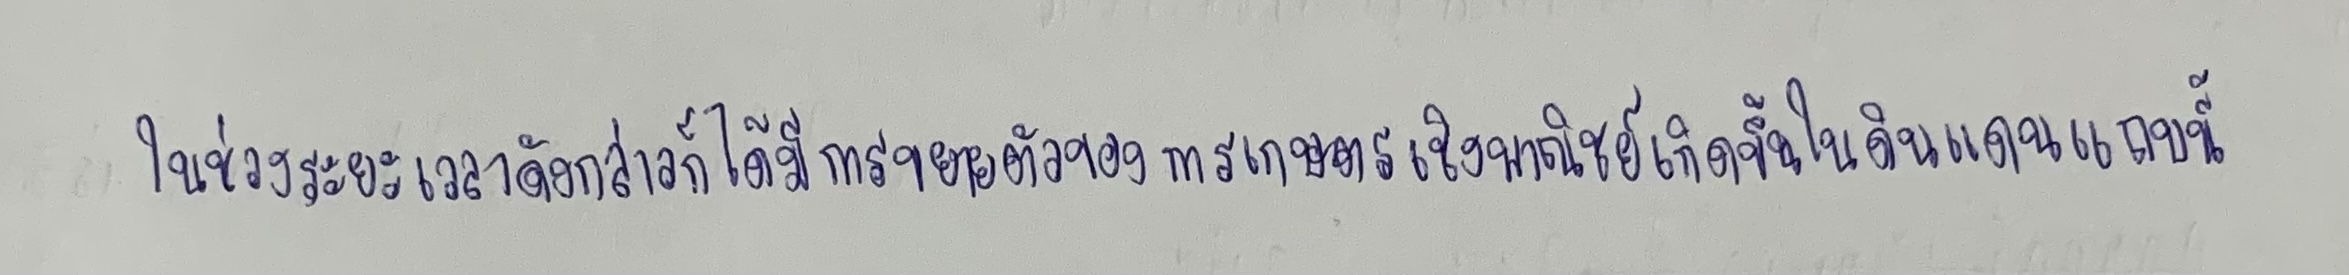
ในช่วงระยะเวลาดังกล่าวก็ได้มีการขยายตัวของการเกษตรเชิงพาณิชย์เกิดขึ้นในดินแดนแถบนี้